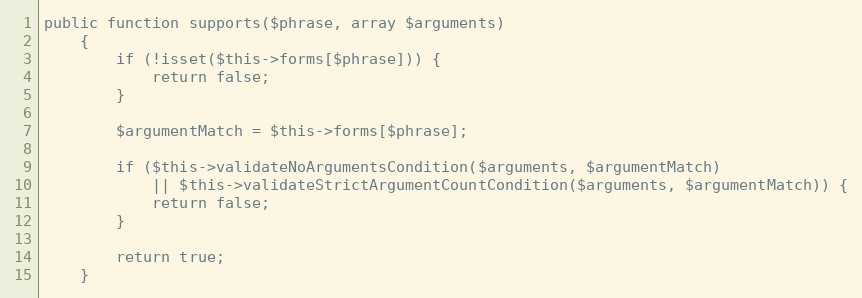
Language: PHP
public function supports($phrase, array $arguments)
    {
        if (!isset($this->forms[$phrase])) {
            return false;
        }

        $argumentMatch = $this->forms[$phrase];

        if ($this->validateNoArgumentsCondition($arguments, $argumentMatch)
            || $this->validateStrictArgumentCountCondition($arguments, $argumentMatch)) {
            return false;
        }

        return true;
    }